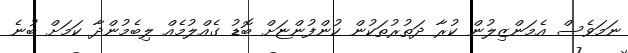
ނަމަވެސް އެމަންޒިލުން ކުރާ ދަތުރުތަކުން ކުންފުންޏަށް ބޮޑު ގެއްލުމެއް ލިބެމުންދާ ކަމަށް ބުނެ